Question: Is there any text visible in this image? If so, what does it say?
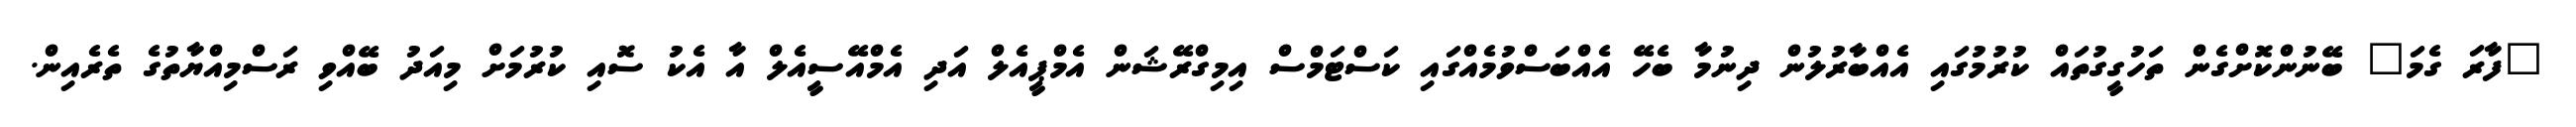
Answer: "ފާރަ ގެމަ" ބޭނުންކޮށްގެން ތަހުގީގުތައް ކުރުމުގައި އެއްބާރުލުން ދިނުމާ ބެހޭ އެއްބަސްވުމެއްގައި ކަސްޓަމްސް އިމިގްރޭޝަން އެމްޕީއެލް އަދި އެމްއޭސީއެލް އާ އެކު ސޮއި ކުރުމަށް މިއަދު ބޭއްވި ރަސްމިއްޔާތުގެ ތެރެއިން.